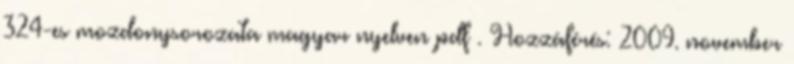
324-es mozdonysorozata magyar nyelven pdf . Hozzáférés: 2009. november